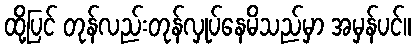
ထို့ပြင် တုန်လည်းတုန်လှုပ်နေမိသည်မှာ အမှန်ပင်။